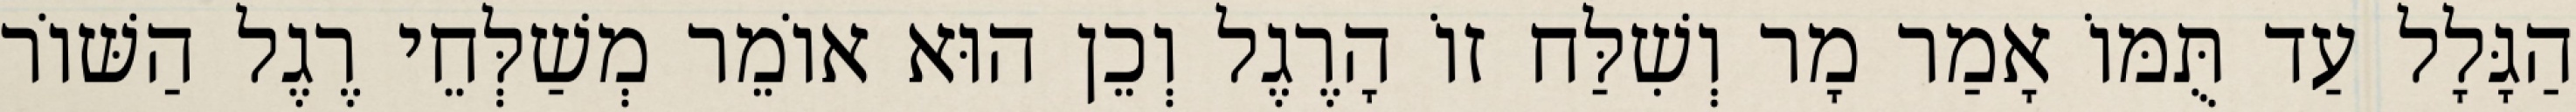
הַגָּלָל עַד תֻּמּוֹ אָמַר מָר וְשִׁלַּח זוֹ הָרֶגֶל וְכֵן הוּא אוֹמֵר מְשַׁלְּחֵי רֶגֶל הַשּׁוֹר